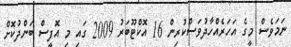
ނަމަވެސް މީގެ އަހަރެއްހާދުވަސްކުރިން 16 އޮކްޓޫބަރު 2009 ގައި މި އޮފީސް ބަންދުކޮށް